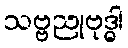
သဗ္ဗညုဗုဒ္ဓါ